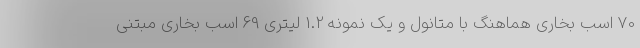
70 اسب بخاری هماهنگ با متانول و یک نمونه 1.2 لیتری 69 اسب بخاری مبتنی